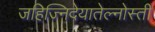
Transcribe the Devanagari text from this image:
जहिज्निदेयातेल्नोस्ती